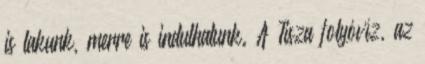
is lakunk, merre is indulhatunk. A Tisza folyóvíz, az